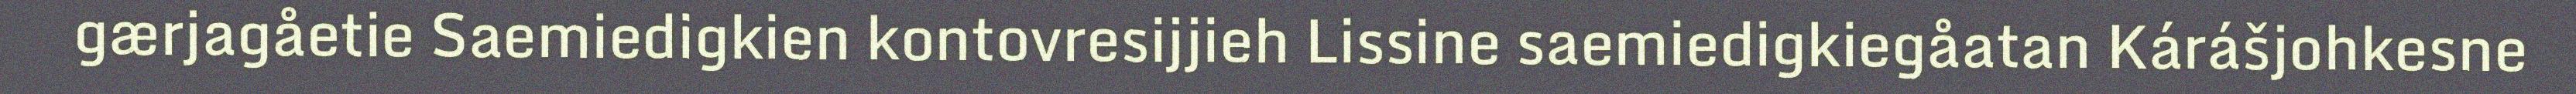
gærjagåetie Saemiedigkien kontovresijjieh Lissine saemiedigkiegåatan Kárášjohkesne